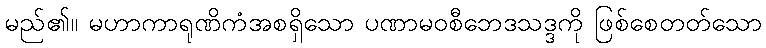
မည်၏။ မဟာကာရုဏိကံအစရှိသော ပဏာမဝစီဘေဒသဒ္ဒကို ဖြစ်စေတတ်သော